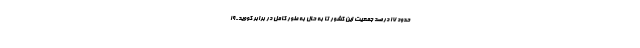
حدود ۱۷ درصد جمعیت این کشور تا به حال به طور کامل در برابر کووید-۱۹